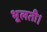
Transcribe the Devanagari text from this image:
भूलती।